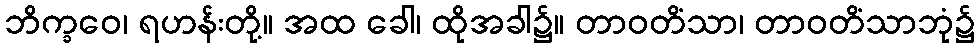
ဘိက္ခဝေ၊ ရဟန်းတို့။ အထ ခေါ၊ ထိုအခါ၌။ တာဝတိံသာ၊ တာဝတိံသာဘုံ၌